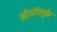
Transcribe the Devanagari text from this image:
ओशोंमुळे